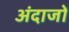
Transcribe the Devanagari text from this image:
अंदाजों